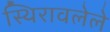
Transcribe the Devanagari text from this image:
स्थिरावलेले